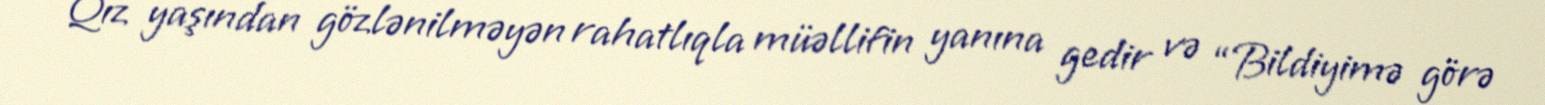
Qız yaşından gözlənilməyən rahatlıqla müəllifin yanına gedir və “Bildiyimə görə